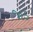
જાડ